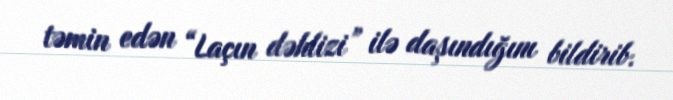
təmin edən “Laçın dəhlizi” ilə daşındığını bildirib.